Suure-Kopu_vallavalitsus, lk 7
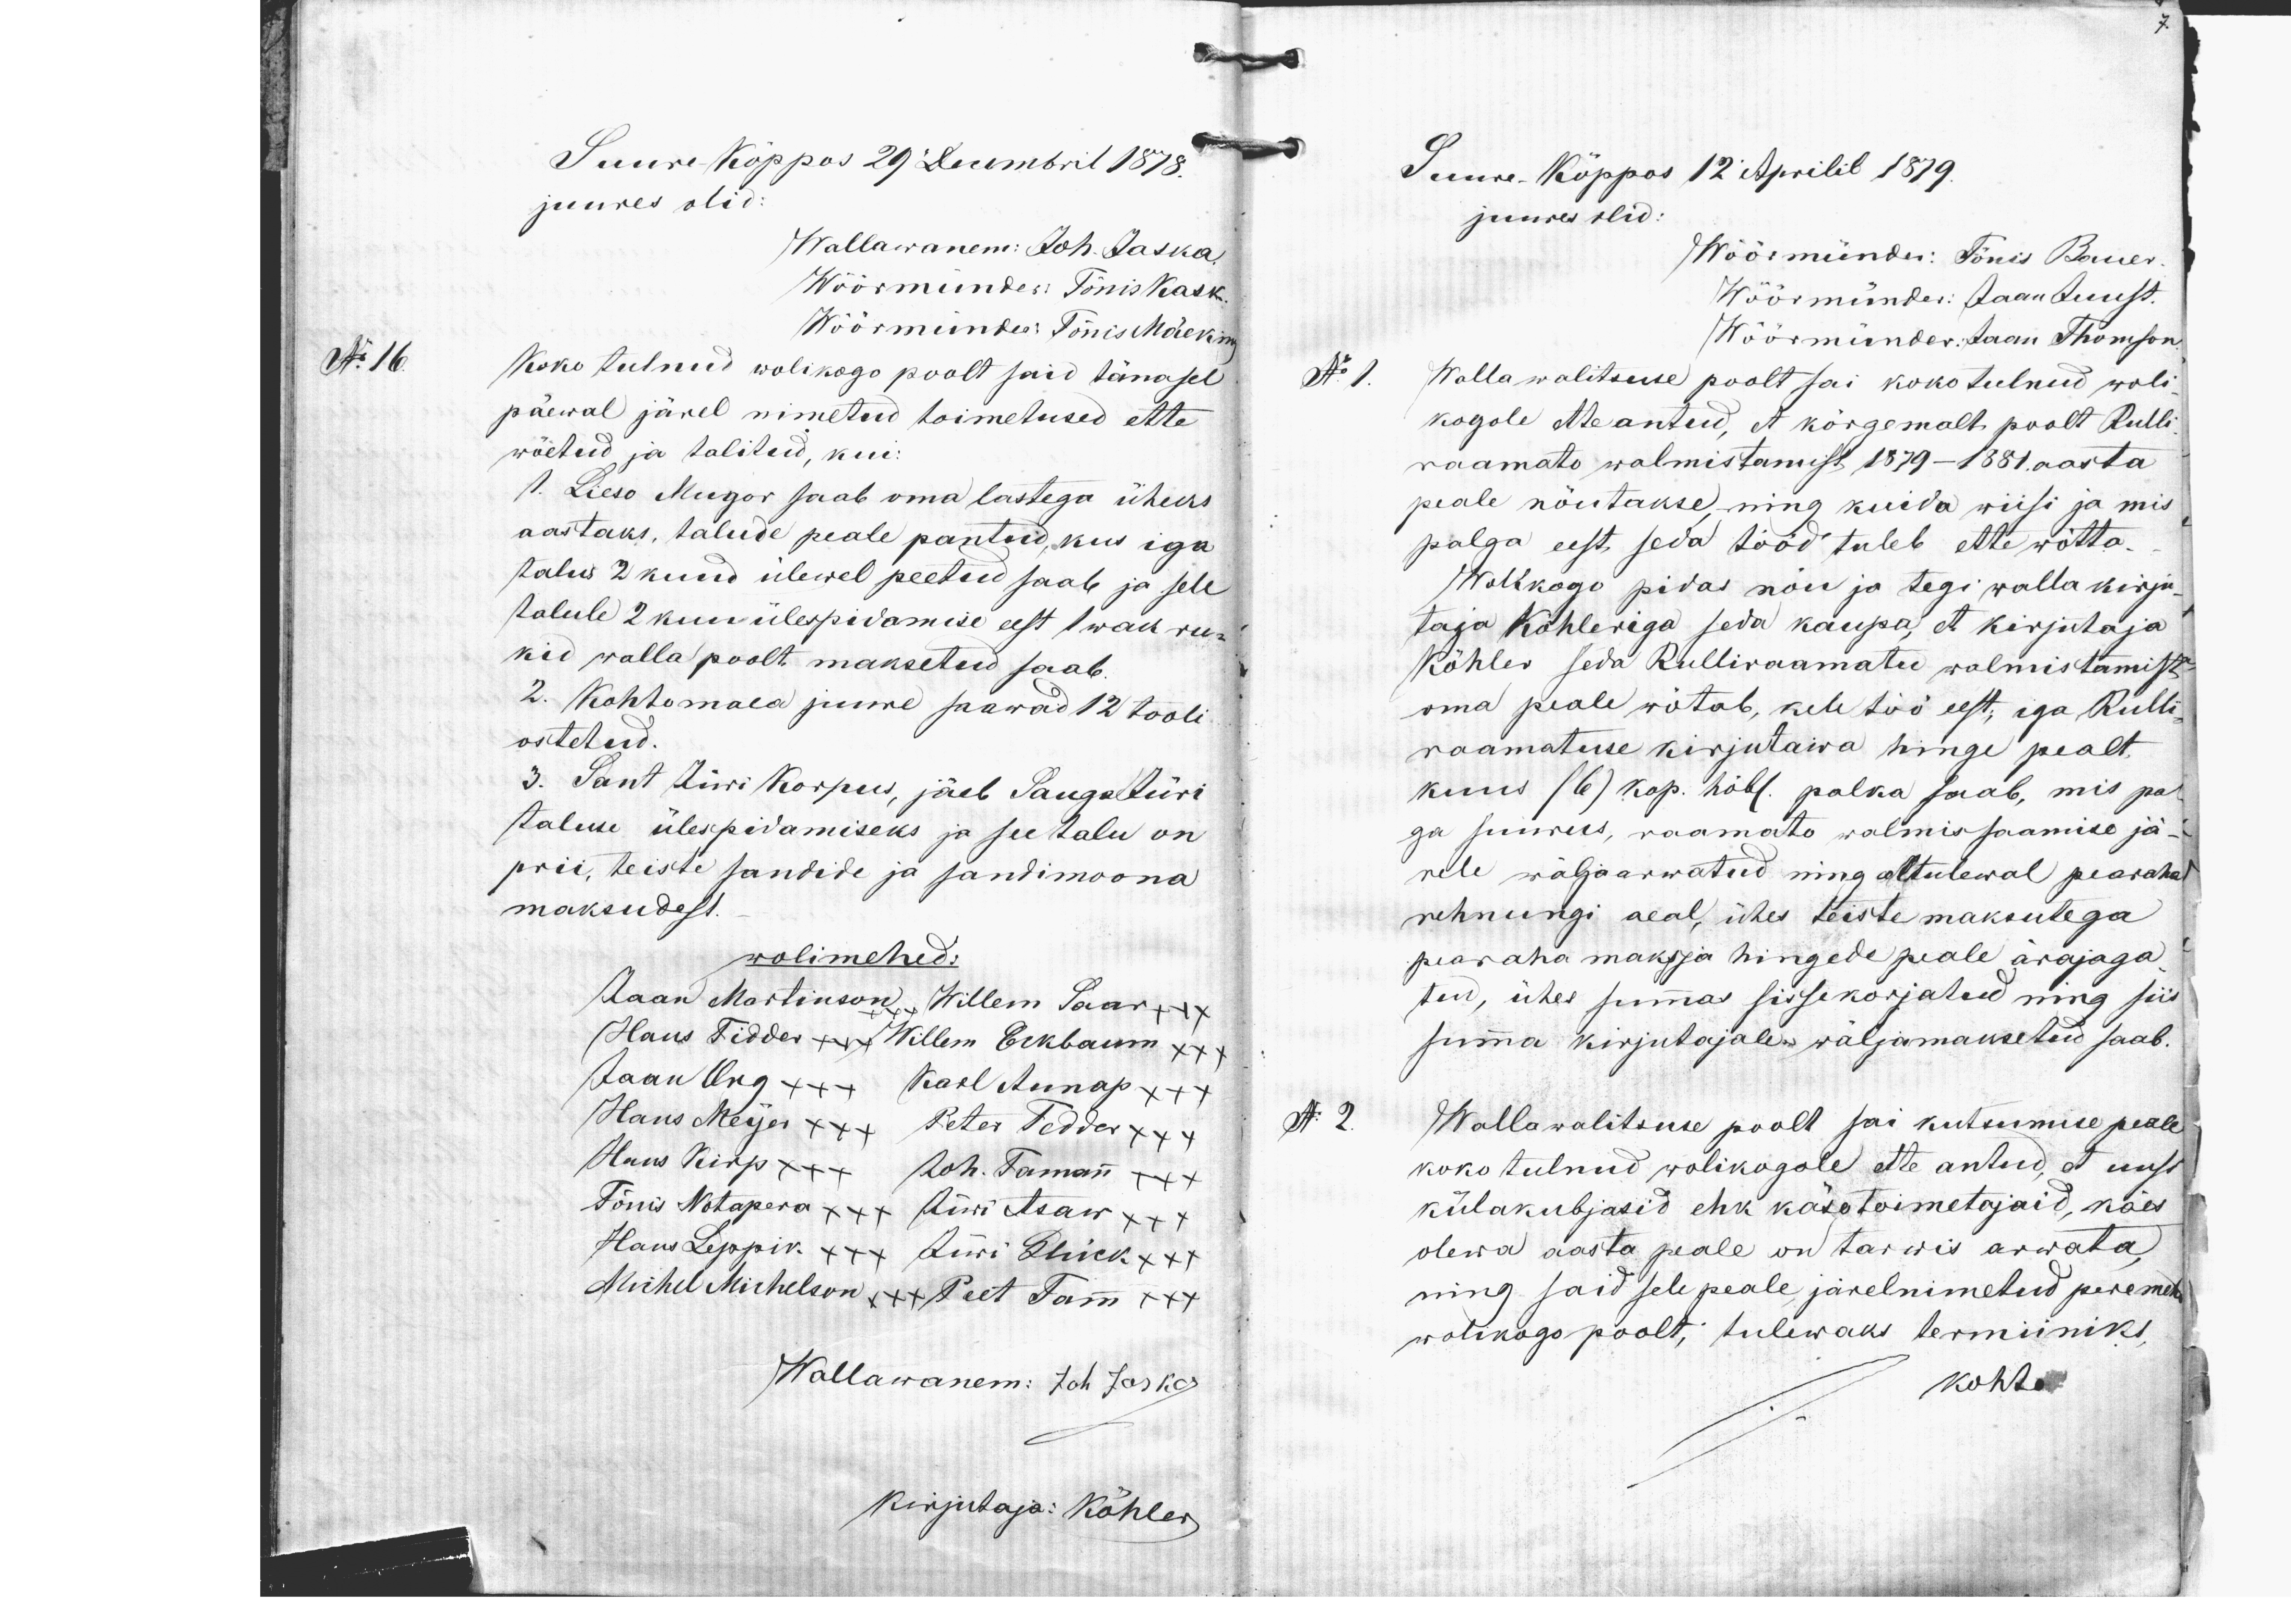
Suure Kõppus 29 Decembril 1878
juures olid:
Wallawanem: Joh. Jaska.
Wöörmünder: Tõnis Kask
Wöörmündes: Tõnis Mäeking
Koko tulnud wolikogo poolt said tänasel
päewal järel nimetud toimetused ette
wõetud ja talitud, kui
1. Lieso Mugor saab oma lastega üheks
aastaks, talude peale pantud, kus iga
talus 2 kuud ülewel peetud saab ja sele
talule 2 kuu ülespidamise eest 1 waek ruk-
kid walla poolt maksetud saab.
2. Kohtomaea juure saawad 12 tooli-
ostetud.
3. Sant Jürri Korpus, jäeb Sauga Jüri
taluse ülespidamiseks ja see talu on
prii, teiste sandide ja sandimoona
maksudest.
wolimehed:
Jaan Martinson, Willem Saar ++x
+++
Hans Tidder +++ Willem Eckbaum xxx
Jaan Org xxx Karl Aunap x++
Hans Meijer xxx Peter Tedder xxx
Hans Kirp x++ Joh. Tamann +xx
Tõnis Notapera xxx Küri Asaw xxx
Hans Leppik xxx Jüri Glück xxx
Michel Michelson xxx Peet Tamm xx+
Wallawanem: Joh Jaska
Kirjutaja: Köhler

Suure-Kõppos 12 Aprilil 1879.
juures olid:
Wöörmünder: Tõnis Bauer.
Wöörmünder: Jaan Juust.
Wöörmünder: Jaan Thomson
No 1. Wallawalitsuse poolt sai kokotulnud woli
kogole etteantud et kõrgemalt poolt Rulli
raamato walmistamist, 1879 - 1881 aasta
peale nõutakse, ning kuida wiisi ja mis
palga eest seda tööd tuleb ette wõtta.
Wolikogo pidas nõu ja tegi walla kirju-
taja Kohleriga seda kaupa, et kirjutaja
Köhler seda Rulliraamatu walmistamist
oma peale wõtab, kele töö eest, iga Rulli-
raamatuse kirjutawa hinge pealt
kuus (6) kop. hõb. palka saab, mis pal-
ga suurus, raamato walmissaamise jä-
rele wäljaarwatud ning altulewal pearaha
rehnungi aeal, ühes teiste maksutega
pearaha maksja hingede peale ärajaga
tud, ühes summas sisse korjatud ning siis
summa kirjutajale wäljamaksetud saab.
No 2.
Wallawalitsuse poolt sai kutsumise peale
koko tulnud wolikogole ette antud, et uusi
külakubjasid ehk käsutoimetajaid, käes
olewa aasta peale on tarwis arwata,
ning said sele peale järelnimetud peremehed
wolikogo poolt, tulewaks termiiniks
kohto

No 16.